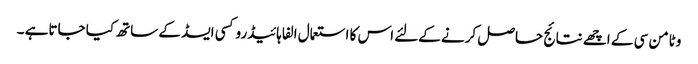
وٹامن سی کے اچھے نتائج حاصل کرنے کےلئے اس کا استعمال الفا ہائیڈروکسی ایسڈ کے ساتھ کیا جاتاہے ۔